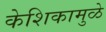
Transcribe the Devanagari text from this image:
केशिकामुळे